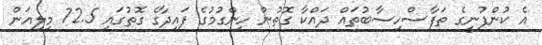
އެ ކުންފުނީގެ ތަފާސްހިސާބުތައް ދައްކާ ގޮތުން ހިންގުމުގެ ފައިދާގެ ގޮތުގައި 72.5 މިލިއަން